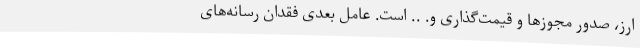
ارز، صدور مجوزها و قیمت‌گذاری و. .. است. عامل بعدی فقدان رسانه‌های